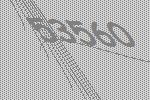
53560